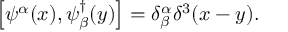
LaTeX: \left[ \psi ^ { \alpha } ( x ) , \psi _ { \beta } ^ { \dag } ( y ) \right] = \delta _ { \beta } ^ { \alpha } \delta ^ { 3 } ( x - y ) .